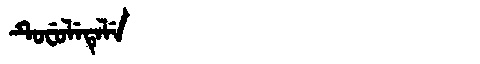
Manchu: ᡨᡠᠸᡠᠯᡝᡨᡝᠯᡝ
Romanization: TUFULETELE